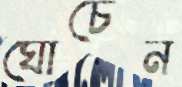
ঘোচেন